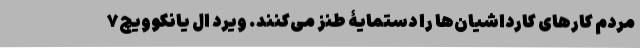
مردم کارهای کارداشیان‌ها را دستمایۀ طنز می‌کنند. ویرد ال یانکوویچ۷